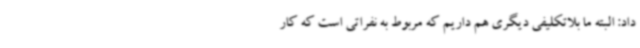
داد: البته ما بلاتکلیفی دیگری هم داریم که مربوط به نفراتی است که کار